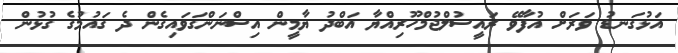
އަޅުގަނޑު ވަރަށް އުފާވޭ ރައީސުލްޖުމްހޫރިއްޔާ އަބްދު ޔާމީން އިސްނަންގަވައިގެން ދެ ގައުމުގެ ގުޅުން